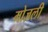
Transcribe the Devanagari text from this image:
मोज़ली